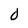
Character: 0